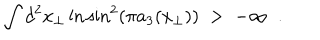
\int d ^ { 2 } x _ { \perp } \ln \sin ^ { 2 } ( \pi a _ { 3 } ( x _ { \perp } ) ) \; > \; - \infty \; \; .